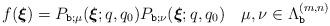
LaTeX: \begin{align*}f(\boldsymbol{\xi})= P_{\texttt{b};\mu} (\boldsymbol{\xi};q,q_0) P_{\texttt{b};\nu} (\boldsymbol{\xi};q,q_0 ) \quad\mu,\nu\in \Lambda^{(m,n)}_{\texttt{b}}\end{align*}